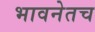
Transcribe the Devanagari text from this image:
भावनेतच